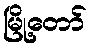
မြို့တော်